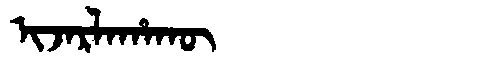
Manchu: ᡳᠵᠠᡵᠯᠠᡥᠠᡴᡡ
Romanization: IJARLAHAKŪ